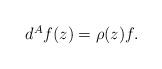
LaTeX: \begin{align*}\begin{array}{c}d^{A}f( z) =\rho ( z) f.\end{array}\end{align*}